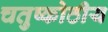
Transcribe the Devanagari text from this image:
चतुष्कोठीय